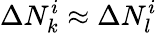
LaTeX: \Delta N_{k}^{i}\approx\Delta N_{l}^{i}